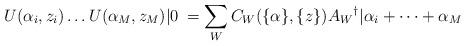
LaTeX: \begin{align*}U(\alpha_i,z_i)\dots U(\alpha_M,z_M)|0\> = \sum_W C_W(\{\alpha\},\{z\})A_W{}^{\dag}|\alpha_i + \dots + \alpha_M\>\end{align*}